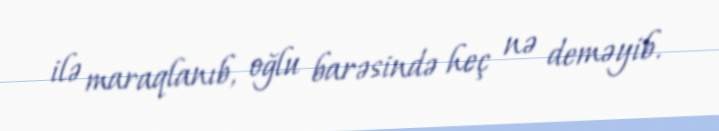
ilə maraqlanıb, oğlu barəsində heç nə deməyib.